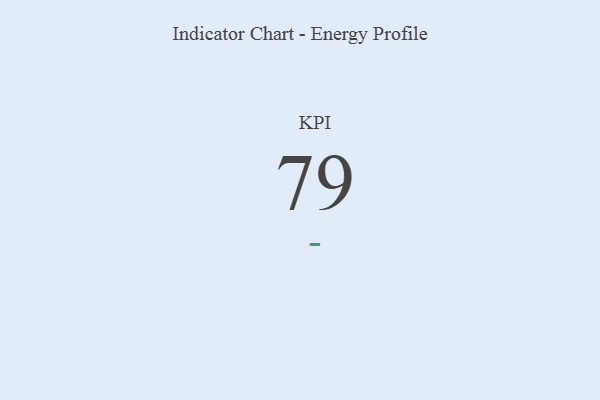
{"axis": {"x": "KPI", "y": "Value"}, "legend": [""], "data": [{"x": "KPI", "y": 79, "type": ""}]}